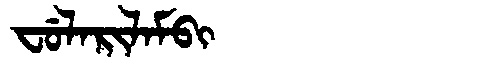
Manchu: ᠸᡠᠯᠠᡵᡳᠯᠠᠮᠪᡳ
Romanization: FULARILAMBI